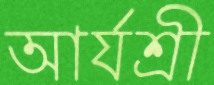
আর্যশ্রী